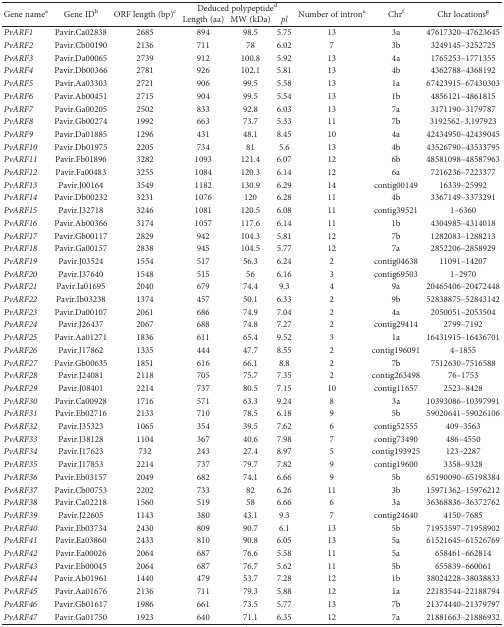
<table><thead><tr><td rowspan="2"><b>Gene name<sup>a</sup></b></td><td rowspan="2"><b>Gene ID<sup>b</sup></b></td><td rowspan="2"><b>ORF length (bp)<sup>c</sup></b></td><td colspan="3"><b>Deduced polypeptide<sup>d</sup></b></td><td rowspan="2"><b>Number of intron<sup>e</sup></b></td><td rowspan="2"><b>Chr<sup>f</sup></b></td><td rowspan="2"><b>Chr locations<sup>g</sup></b></td></tr><tr><td><b>Length (aa)</b></td><td><b>MW (kDa)</b></td><td><b><i>pl</i></b></td></tr></thead><tbody><tr><td><i>PvARF1</i></td><td>Pavir.Ca02838</td><td>2685</td><td>894</td><td>98.5</td><td>5.75</td><td>13</td><td>3a</td><td>47617320–47623645</td></tr><tr><td><i>PvARF2</i></td><td>Pavir.Cb00190</td><td>2136</td><td>711</td><td>78</td><td>6.02</td><td>7</td><td>3b</td><td>3249145–3252725</td></tr><tr><td><i>PvARF3</i></td><td>Pavir.Da00065</td><td>2739</td><td>912</td><td>100.8</td><td>5.92</td><td>13</td><td>4a</td><td>1765253–1771355</td></tr><tr><td><i>PvARF4</i></td><td>Pavir.Db00366</td><td>2781</td><td>926</td><td>102.1</td><td>5.81</td><td>13</td><td>4b</td><td>4362788–4368192</td></tr><tr><td><i>PvARF5</i></td><td>Pavir.Aa03303</td><td>2721</td><td>906</td><td>99.5</td><td>5.58</td><td>13</td><td>1a</td><td>67423915–67430303</td></tr><tr><td><i>PvARF6</i></td><td>Pavir.Ab00451</td><td>2715</td><td>904</td><td>99.5</td><td>5.54</td><td>13</td><td>1b</td><td>4856121–4861815</td></tr><tr><td><i>PvARF7</i></td><td>Pavir.Ga00205</td><td>2502</td><td>833</td><td>92.8</td><td>6.03</td><td>13</td><td>7a</td><td>3171190–3179787</td></tr><tr><td><i>PvARF8</i></td><td>Pavir.Gb00274</td><td>1992</td><td>663</td><td>73.7</td><td>5.33</td><td>11</td><td>7b</td><td>3192562–3,197923</td></tr><tr><td><i>PvARF9</i></td><td>Pavir.Da01885</td><td>1296</td><td>431</td><td>48.1</td><td>8.45</td><td>10</td><td>4a</td><td>42434950–42439045</td></tr><tr><td><i>PvARF10</i></td><td>Pavir.Db01975</td><td>2205</td><td>734</td><td>81</td><td>5.6</td><td>13</td><td>4b</td><td>43526790–43533795</td></tr><tr><td><i>PvARF11</i></td><td>Pavir.Fb01896</td><td>3282</td><td>1093</td><td>121.4</td><td>6.07</td><td>12</td><td>6b</td><td>48581098–48587963</td></tr><tr><td><i>PvARF12</i></td><td>Pavir.Fa00483</td><td>3255</td><td>1084</td><td>120.3</td><td>6.14</td><td>12</td><td>6a</td><td>7216236–7223377</td></tr><tr><td><i>PvARF13</i></td><td>Pavir.J00164</td><td>3549</td><td>1182</td><td>130.9</td><td>6.29</td><td>14</td><td>contig00149</td><td>16339–25992</td></tr><tr><td><i>PvARF14</i></td><td>Pavir.Db00232</td><td>3231</td><td>1076</td><td>120</td><td>6.28</td><td>11</td><td>4b</td><td>3367149–3373291</td></tr><tr><td><i>PvARF15</i></td><td>Pavir.J32718</td><td>3246</td><td>1081</td><td>120.5</td><td>6.08</td><td>11</td><td>contig39521</td><td>1–6360</td></tr><tr><td><i>PvARF16</i></td><td>Pavir.Ab00366</td><td>3174</td><td>1057</td><td>117.6</td><td>6.14</td><td>11</td><td>1b</td><td>4304985–4314018</td></tr><tr><td><i>PvARF17</i></td><td>Pavir.Gb00117</td><td>2829</td><td>942</td><td>104.3</td><td>5.81</td><td>12</td><td>7b</td><td>1282083–1288213</td></tr><tr><td><i>PvARF18</i></td><td>Pavir.Ga00157</td><td>2838</td><td>945</td><td>104.5</td><td>5.77</td><td>12</td><td>7a</td><td>2852206–2858929</td></tr><tr><td><i>PvARF19</i></td><td>Pavir.J03524</td><td>1554</td><td>517</td><td>56.3</td><td>6.24</td><td>2</td><td>contig04638</td><td>11091–14207</td></tr><tr><td><i>PvARF20</i></td><td>Pavir.J37640</td><td>1548</td><td>515</td><td>56</td><td>6.16</td><td>3</td><td>contig69503</td><td>1–2970</td></tr><tr><td><i>PvARF21</i></td><td>Pavir.Ia01695</td><td>2040</td><td>679</td><td>74.4</td><td>9.3</td><td>4</td><td>9a</td><td>20465406–20472448</td></tr><tr><td><i>PvARF22</i></td><td>Pavir.Ib03238</td><td>1374</td><td>457</td><td>50.1</td><td>6.33</td><td>2</td><td>9b</td><td>52838875–52843142</td></tr><tr><td><i>PvARF23</i></td><td>Pavir.Da00107</td><td>2061</td><td>686</td><td>74.9</td><td>7.04</td><td>2</td><td>4a</td><td>2050051–2053504</td></tr><tr><td><i>PvARF24</i></td><td>Pavir.J26437</td><td>2067</td><td>688</td><td>74.8</td><td>7.27</td><td>2</td><td>contig29414</td><td>2799–7192</td></tr><tr><td><i>PvARF25</i></td><td>Pavir.Aa01271</td><td>1836</td><td>611</td><td>65.4</td><td>9.52</td><td>3</td><td>1a</td><td>16431915–16436701</td></tr><tr><td><i>PvARF26</i></td><td>Pavir.J17862</td><td>1335</td><td>444</td><td>47.7</td><td>8.55</td><td>2</td><td>contig196091</td><td>4–1855</td></tr><tr><td><i>PvARF27</i></td><td>Pavir.Gb00635</td><td>1851</td><td>616</td><td>66.1</td><td>8.8</td><td>2</td><td>7b</td><td>7512630–7516588</td></tr><tr><td><i>PvARF28</i></td><td>Pavir.J24081</td><td>2118</td><td>705</td><td>75.7</td><td>7.35</td><td>2</td><td>contig263498</td><td>76–1753</td></tr><tr><td><i>PvARF29</i></td><td>Pavir.J08401</td><td>2214</td><td>737</td><td>80.5</td><td>7.15</td><td>10</td><td>contig11657</td><td>2523–8428</td></tr><tr><td><i>PvARF30</i></td><td>Pavir.Ca00928</td><td>1716</td><td>571</td><td>63.3</td><td>9.24</td><td>8</td><td>3a</td><td>10393086–10397991</td></tr><tr><td><i>PvARF31</i></td><td>Pavir.Eb02716</td><td>2133</td><td>710</td><td>78.5</td><td>6.18</td><td>9</td><td>5b</td><td>59020641–59026106</td></tr><tr><td><i>PvARF32</i></td><td>Pavir.J35323</td><td>1065</td><td>354</td><td>39.5</td><td>7.62</td><td>6</td><td>contig52555</td><td>409–3563</td></tr><tr><td><i>PvARF33</i></td><td>Pavir.J38128</td><td>1104</td><td>367</td><td>40.6</td><td>7.98</td><td>7</td><td>contig73490</td><td>486–4550</td></tr><tr><td><i>PvARF34</i></td><td>Pavir.J17623</td><td>732</td><td>243</td><td>27.4</td><td>8.97</td><td>5</td><td>contig193925</td><td>123–2287</td></tr><tr><td><i>PvARF35</i></td><td>Pavir.J17853</td><td>2214</td><td>737</td><td>79.7</td><td>7.82</td><td>9</td><td>contig19600</td><td>3358–9328</td></tr><tr><td><i>PvARF36</i></td><td>Pavir.Eb03157</td><td>2049</td><td>682</td><td>74.1</td><td>6.66</td><td>9</td><td>5b</td><td>65190090–65198384</td></tr><tr><td><i>PvARF37</i></td><td>Pavir.Cb00753</td><td>2202</td><td>733</td><td>82</td><td>6.26</td><td>11</td><td>3b</td><td>15971362–15976212</td></tr><tr><td><i>PvARF38</i></td><td>Pavir.Ca02218</td><td>1560</td><td>519</td><td>58</td><td>6.66</td><td>6</td><td>3a</td><td>36368836–36372762</td></tr><tr><td><i>PvARF39</i></td><td>Pavir.J22605</td><td>1143</td><td>380</td><td>43.1</td><td>9.3</td><td>7</td><td>contig24640</td><td>4150–7685</td></tr><tr><td><i>PvARF40</i></td><td>Pavir.Eb03734</td><td>2430</td><td>809</td><td>90.7</td><td>6.1</td><td>13</td><td>5b</td><td>71953597–71958902</td></tr><tr><td><i>PvARF41</i></td><td>Pavir.Ea03860</td><td>2433</td><td>810</td><td>90.8</td><td>6.05</td><td>13</td><td>5a</td><td>61521645–61526769</td></tr><tr><td><i>PvARF42</i></td><td>Pavir.Ea00026</td><td>2064</td><td>687</td><td>76.6</td><td>5.58</td><td>11</td><td>5a</td><td>658461–662814</td></tr><tr><td><i>PvARF43</i></td><td>Pavir.Eb00045</td><td>2064</td><td>687</td><td>76.7</td><td>5.62</td><td>11</td><td>5b</td><td>655839–660061</td></tr><tr><td><i>PvARF44</i></td><td>Pavir.Ab01961</td><td>1440</td><td>479</td><td>53.7</td><td>7.28</td><td>12</td><td>1b</td><td>38024228–38038833</td></tr><tr><td><i>PvARF45</i></td><td>Pavir.Aa01676</td><td>2136</td><td>711</td><td>79.3</td><td>5.88</td><td>12</td><td>1a</td><td>22183544–22188794</td></tr><tr><td><i>PvARF46</i></td><td>Pavir.Gb01617</td><td>1986</td><td>661</td><td>73.5</td><td>5.77</td><td>13</td><td>7b</td><td>21374440–21379797</td></tr><tr><td><i>PvARF47</i></td><td>Pavir.Ga01750</td><td>1923</td><td>640</td><td>71.1</td><td>6.35</td><td>12</td><td>7a</td><td>21881663–21886932</td></tr></tbody></table>